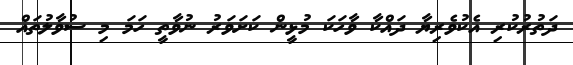
ދަތުރުކުރި އެކުވެރިޔާ ދައްކާ ވާހަކަ މުޅީން ކަށަވަރު ނުވާތީ ހަމަ މި ސުވާލުތައް